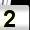
Digit: 2